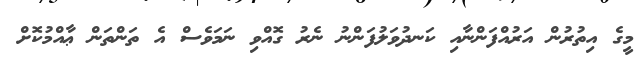
މީގެ އިތުރުން އަރުއްފަންނާއި ކަނދުވަލުފަންނު ނެރު ގޮއްވި ނަމަވެސް އެ ތަންތަން ޢާއްމުކޮށް